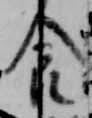
食